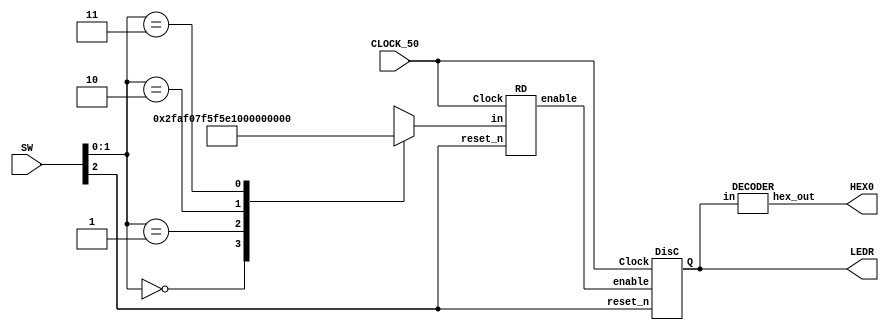
module clk(SW, CLOCK_50, HEX0, LEDR);	
	input [2:0] SW;
	input CLOCK_50;		
	output [6:0] HEX0; 
	output [3:0] LEDR; 
	wire en;   
	reg [27:0] freq;    
	always @(*)
	begin
		case (SW[1:0])
			2'b00: freq[27:0] = 28'd0;
			2'b01: freq[27:0] = 28'd49_999_999;
			2'b10: freq[27:0] = 28'd99_999_999;
			2'b11: freq[27:0] = 28'd199_999_999;
			default: freq[27:0] = 28'd0;
		endcase
	end

	RD rd(.Clock(CLOCK_50), .reset_n(SW[2]), .enable(en), .in(freq[27:0]));
	DisC dc(.Clock(CLOCK_50), .enable(en), .reset_n(SW[2]), .Q(LEDR[3:0]));
	DECODER hex(.in(LEDR[3:0]), .hex_out(HEX0[6:0]));
endmodule

module DisC(Clock, enable, reset_n, Q);
	input Clock, enable, reset_n;
	output [3:0] Q;
	reg [3:0] temp;

	always @(posedge Clock)
	begin
		if (reset_n == 0)
			temp <= 4'b0000;
		else if (enable == 1)
			begin
				if (temp == 4'b1111)
					temp <= 4'b0000;
				else
					temp <= temp + 4'b0001;
			end
	end
	assign Q[3:0] = temp[3:0];
endmodule

module RD(Clock, reset_n, enable, in);
	input [27:0] in;
	input reset_n;
	input Clock;
	output enable;
	reg [27:0] RD_temp;

	always @(posedge Clock)
	begin
		if (reset_n == 0)
			RD_temp <= in;
		else if (RD_temp == 28'd0)
			RD_temp <= in;
		else
			RD_temp <= RD_temp - 28'd1;
	end
	assign enable = (RD_temp == 0) ? 1 : 0;
endmodule


module DECODER(in, hex_out);
	input [3:0]in;
	output [6:0]hex_out;
	
	// Hoping I typed everthing out correctly
	assign hex_out[0] = (~in[3] & ~in[2] & ~in[1] & in[0])| (in[3] & ~in[2] & in[1] & in[0]) 
	| (~in[3] & in[2] & ~in[1] & ~in[0]) | (in[3] & in[2] & ~in[1] & in[0]);
	
	assign hex_out[1] = (in[3] & in[1] & in[0]) | (in[2] & in[1] & ~in[0]) | 
	(~in[3] & in[2] & ~in[1] & in[0]) | (in[3] & in[2] & ~in[1] & ~in[0]);
	
	assign hex_out[2] = (in[3] & in[2] & ~in[1] & ~in[0])|(in[3] & in[2] & in[1]) 
	| (~in[3] & ~in[2] & in[1] & ~in[0]);
	
	assign hex_out[3] = (~in[2] & ~in[1] & in[0]) | (in[2] & in[1] & in[0]) 
	| (in[3] & ~in[2] & in[1] & ~in[0]);
	
	assign hex_out[4] = (~in[2] & ~in[1] & in[0]) | (~in[3] & in[2] & ~in[1])
	| (~in[3] & in[1] & in[0]);
	
	assign hex_out[5] = (~in[3] & ~in[2] & in[0]) | (in[3] & in[2] & ~in[1] & in[0])
	| (~in[3] & ~in[2] & in[1]) | (~in[3] & in[1] & in[0]);
	
	assign hex_out[6] = (in[3] & in[2] & ~in[1] & ~in[0]) | (~in[3] & ~in[2] & ~in[1])
	| (~in[3] & in[2] & in[1] & in[0]);
		
endmodule